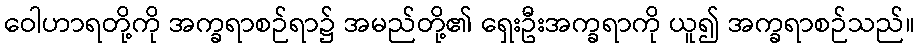
ဝေါဟာရတို့ကို အက္ခရာစဉ်ရာ၌ အမည်တို့၏ ရှေးဦးအက္ခရာကို ယူ၍ အက္ခရာစဉ်သည်။